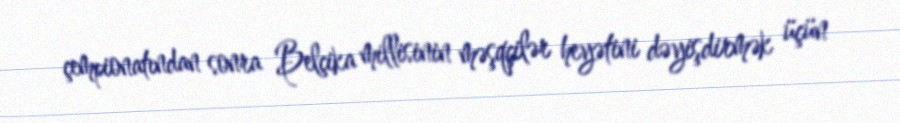
çempionatından sonra Belçika millisinin məşqçilər heyətini dəyişdirmək üçün